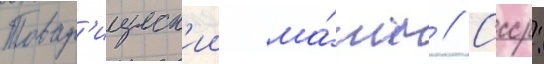
Товар'ищеск'ии ма́тч // Ссср: